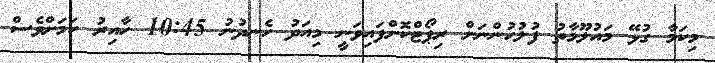
މިކަމާ ގުޅޭ މައުލޫމާތު ފުލުހުންނަށް ރިޕޯޓްކޮށްފައިވަނީ މިއަދު ހެނދުނު 10:45 ހާއިރު ކަމަށްވެސް